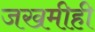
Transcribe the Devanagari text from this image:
जखमीही